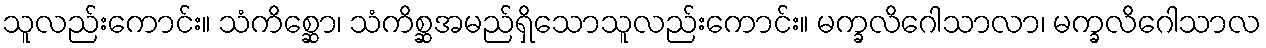
သူလည်းကောင်း။ သံကိစ္ဆော၊ သံကိစ္ဆအမည်ရှိသောသူလည်းကောင်း။ မက္ခလိဂေါသာလာ၊ မက္ခလိဂေါသာလ